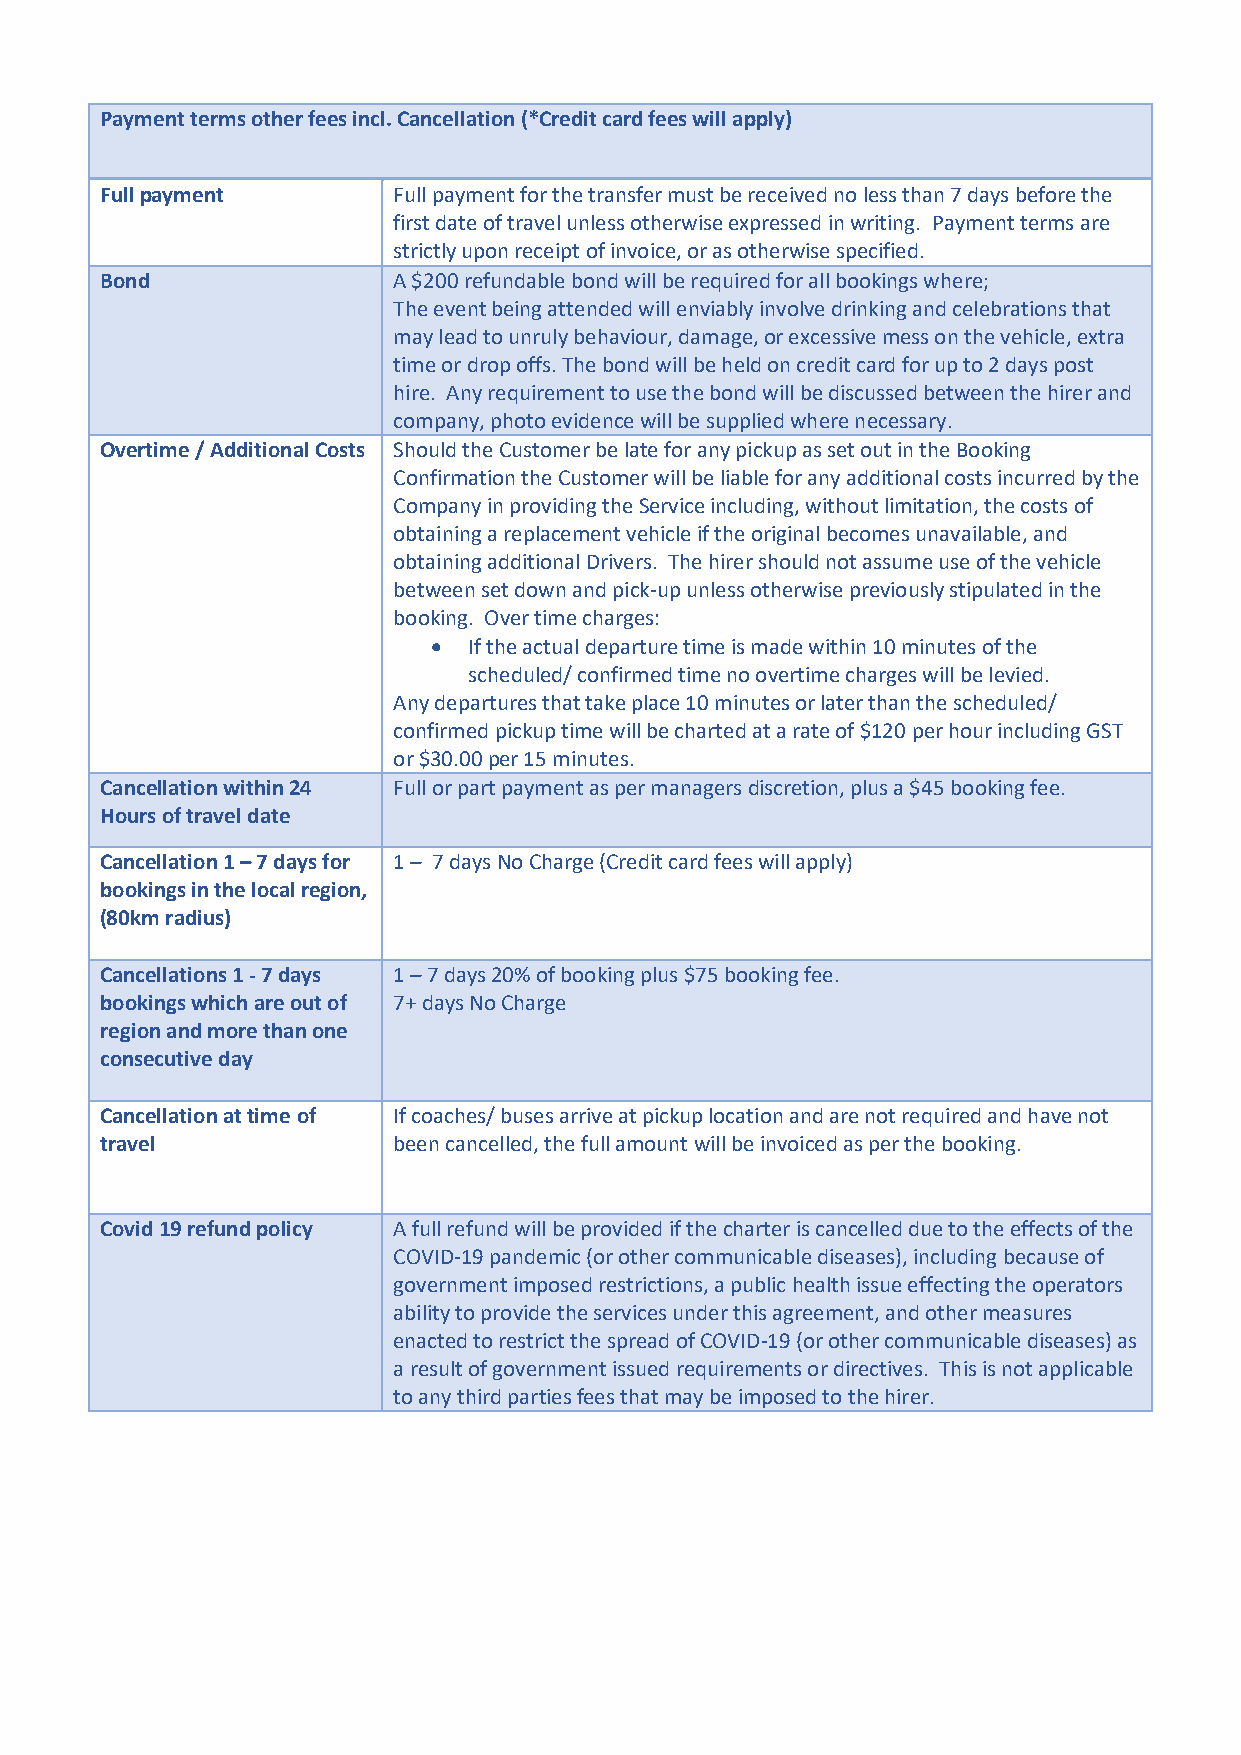
Payment terms other fees incl. Cancellation (*Credit card fees will apply)
 Full payment       Full payment for the transfer must be received no less than 7 days before the
 first date of travel unless otherwise expressed in writing. Payment terms are
 strictly upon receipt of invoice, or as otherwise specified.
 Bond               A $200 refundable bond will be required for all bookings where;
 The event being attended will enviably involve drinking and celebrations that
 may lead to unruly behaviour, damage, or excessive mess on the vehicle, extra
 time or drop offs. The bond will be held on credit card for up to 2 days post
 hire. Any requirement to use the bond will be discussed between the hirer and
 company, photo evidence will be supplied where necessary.
 Overtime / Additional Costs Should the Customer be late for any pickup as set out in the Booking
 Confirmation the Customer will be liable for any additional costs incurred by the
 Company in providing the Service including, without limitation, the costs of
 obtaining a replacement vehicle if the original becomes unavailable, and
 obtaining additional Drivers. The hirer should not assume use of the vehicle
 between set down and pick-up unless otherwise previously stipulated in the
 booking. Over time charges:
 • If the actual departure time is made within 10 minutes of the
 scheduled/ confirmed time no overtime charges will be levied.
 Any departures that take place 10 minutes or later than the scheduled/
 confirmed pickup time will be charted at a rate of $120 per hour including GST
 or $30.00 per 15 minutes.
 Cancellation within 24 Full or part payment as per managers discretion, plus a $45 booking fee.
 Hours of travel date
 Cancellation 1 – 7 days for 1 – 7 days No Charge (Credit card fees will apply)
 bookings in the local region,
 (80km radius)
 Cancellations 1 - 7 days 1 – 7 days 20% of booking plus $75 booking fee.
 bookings which are out of 7+ days No Charge
 region and more than one
 consecutive day
 Cancellation at time of If coaches/ buses arrive at pickup location and are not required and have not
 travel             been cancelled, the full amount will be invoiced as per the booking.
 Covid 19 refund policy A full refund will be provided if the charter is cancelled due to the effects of the
 COVID-19 pandemic (or other communicable diseases), including because of
 government imposed restrictions, a public health issue effecting the operators
 ability to provide the services under this agreement, and other measures
 enacted to restrict the spread of COVID-19 (or other communicable diseases) as
 a result of government issued requirements or directives. This is not applicable
 to any third parties fees that may be imposed to the hirer.